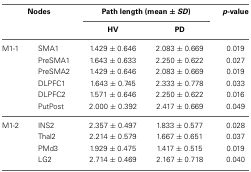
| <COLSPAN=2> Nodes | <COLSPAN=2> Path length (mean ± SD) | p-value |
 | <COLSPAN=2>  | HV | PD |  |
 | --- | --- | --- | --- | --- |
 | M1-1 | SMA1 | 1.429 ± 0.646 | 2.083 ± 0.669 | 0.019 |
 |  | PreSMA1 | 1.643 ± 0.633 | 2.250 ± 0.622 | 0.027 |
 |  | PreSMA2 | 1.429 ± 0.646 | 2.083 ± 0.669 | 0.019 |
 |  | DLPFC1 | 1.643 ± 0.745 | 2.333 ± 0.778 | 0.033 |
 |  | DLPFC2 | 1.571 ± 0.646 | 2.250 ± 0.622 | 0.016 |
 |  | PutPost | 2.000 ± 0.392 | 2.417 ± 0.669 | 0.049 |
 | M1-2 | INS2 | 2.357 ± 0.497 | 1.833 ± 0.577 | 0.028 |
 |  | Thal2 | 2.214 ± 0.579 | 1.667 ± 0.651 | 0.037 |
 |  | PMd3 | 1.929 ± 0.475 | 1.417 ± 0.515 | 0.019 |
 |  | LG2 | 2.714 ± 0.469 | 2.167 ± 0.718 | 0.040 |